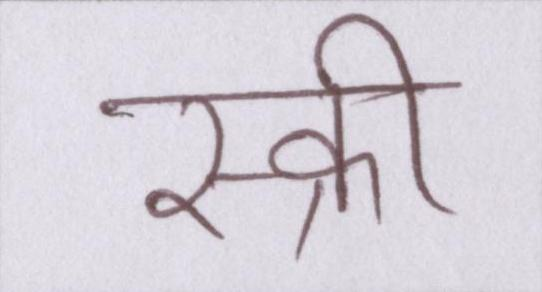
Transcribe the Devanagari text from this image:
स्क्री